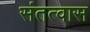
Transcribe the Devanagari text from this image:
संतत्वास